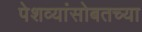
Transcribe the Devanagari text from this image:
पेशव्यांसोबतच्या